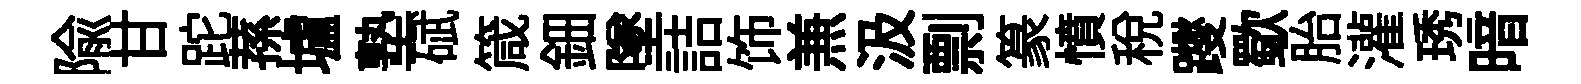
隃甘跎蓀壚塾碔箴鈿墜詰饰𠔥汲剽篆憤税躞歜胎灌琇暗